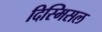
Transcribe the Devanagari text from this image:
दिस्मिसल